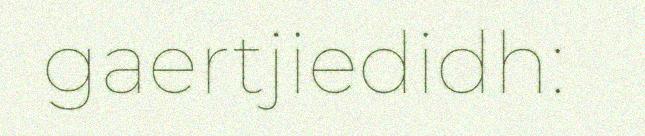
gaertjiedidh: